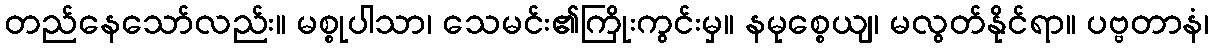
တည်နေသော်လည်း။ မစ္စုပါသာ၊ သေမင်း၏ကြိုးကွင်းမှ။ နမုစ္စေယျ၊ မလွတ်နိုင်ရာ။ ပဗ္ဗတာနံ၊